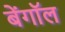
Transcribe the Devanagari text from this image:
बेंगॉल